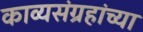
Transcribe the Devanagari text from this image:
काव्यसंग्रहांच्या